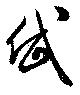
岱